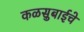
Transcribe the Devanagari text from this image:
कळसुबाईचे